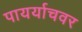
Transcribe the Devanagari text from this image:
पायर्याचवर